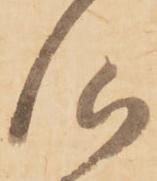
心